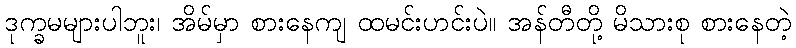
ဒုက္ခမများပါဘူး၊ အိမ်မှာ စားနေကျ ထမင်းဟင်းပဲ။ အန်တီတို့ မိသားစု စားနေတဲ့